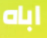
اباه